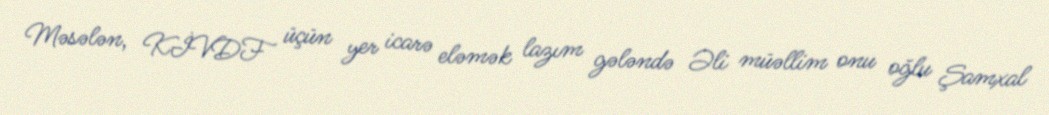
Məsələn, KİVDF üçün yer icarə eləmək lazım gələndə Əli müəllim onu oğlu Şamxal